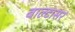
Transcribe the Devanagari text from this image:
बाल्टासर